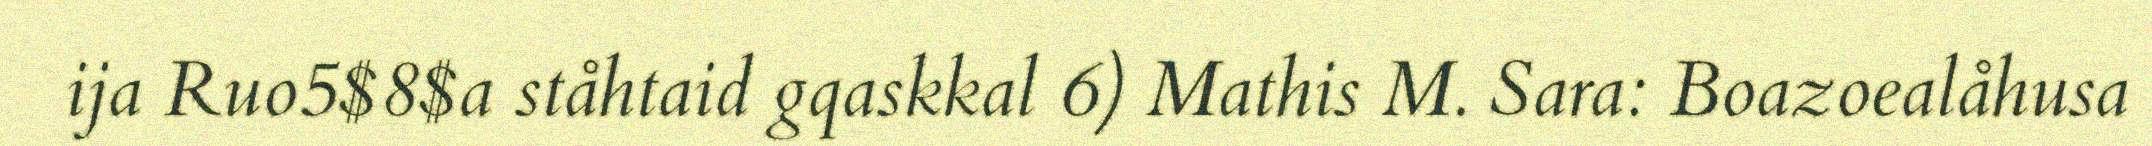
ija Ruo5$8$a ståhtaid gqaskkal 6) Mathis M. Sara: Boazoealåhusa